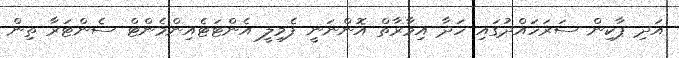
އަދި ޕާކިން ސަރަހައްދުގައި ހަދާ އިމާރާތް އޮންނަނީ ފެމިލީ އެންޓަޓެއިންމެންޓް ސެންޓަރާ ތިން